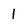
Character: 1